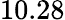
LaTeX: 10.28